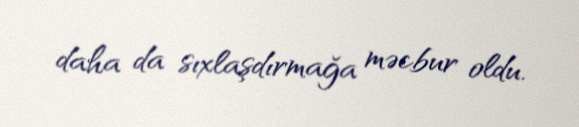
daha da sıxlaşdırmağa məcbur oldu.